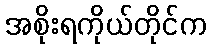
အစိုးရကိုယ်တိုင်က